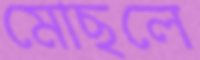
মোছলে